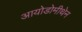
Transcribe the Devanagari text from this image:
आयोडोमीथेन